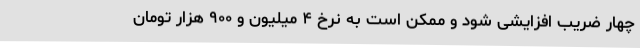
چهار ضریب افزایشی شود و ممکن است به نرخ ۴ میلیون و ۹۰۰ هزار تومان